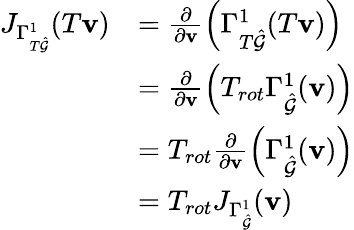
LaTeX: \begin{array}{rl}{J_{\Gamma_{T\hat{\mathcal{G}}}^{1}}(T\mathbf{v})}&{=\frac{\partial}{\partial\mathbf{v}}\left(\Gamma_{T\hat{\mathcal{G}}}^{1}(T\mathbf{v})\right)}\\ &{=\frac{\partial}{\partial\mathbf{v}}\left(T_{rot}\Gamma_{\hat{\mathcal{G}}}^{1}(\mathbf{v})\right)}\\ &{=T_{rot}\frac{\partial}{\partial\mathbf{v}}\left(\Gamma_{\hat{\mathcal{G}}}^{1}(\mathbf{v})\right)}\\ &{=T_{rot}J_{\Gamma_{\hat{\mathcal{G}}}^{1}}(\mathbf{v})}\end{array}